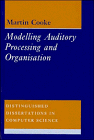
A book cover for Modelling Auditory Processing and Organisation (Distinguished Dissertations in Computer Science); Martin Cooke; Computers & Technology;